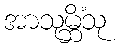
အာသုမ္ဘိံသု